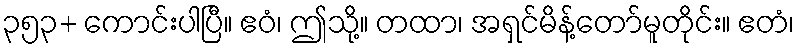
၃၅၃+ ကောင်းပါပြီ။ ဧဝံ၊ ဤသို့။ တထာ၊ အရှင်မိန့်တော်မူတိုင်း။ ဧတံ၊